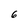
Character: 6